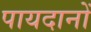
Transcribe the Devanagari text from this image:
पायदानों